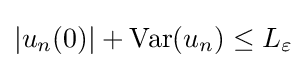
|u_{n}(0)|+\mathrm {Var} (u_{n})\leq L_{\varepsilon }